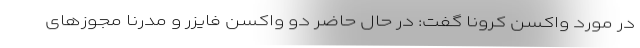
در مورد واکسن کرونا گفت: در حال حاضر دو واکسن فایزر و مدرنا مجوزهای